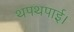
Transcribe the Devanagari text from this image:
थपथपाई।